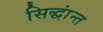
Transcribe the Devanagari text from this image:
सिद्धांन्त